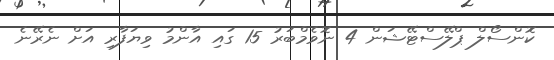
ކޮންސޯލް ޕްލޭސްޓޭޝަން 4 ނޮވެމްބަރު 15 ގައި އާންމު ވިޔަފާރި އަށް ނެރޭނެ